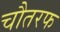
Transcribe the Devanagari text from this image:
चौतरफ